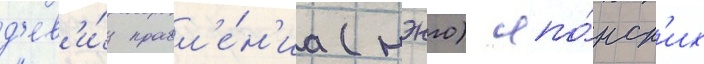
д'ев'и́з правл'е́н'иа (нэнго) япо́нск'их